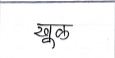
मजकूर: खूक